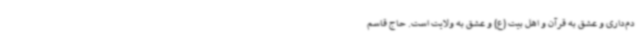
دم‌داری و عشق به قرآن و اهل بیت (ع) و عشق به ولایت است. حاج قاسم